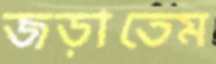
জড়াতেম